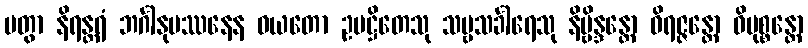
ပတွာ နိရန္တရံ ဘင်္ဂါနုပဿနေန ဝယတော ဥပဋ္ဌိတေသု သဗ္ဗသင်္ခါရေသု နိဗ္ဗိန္ဒန္တော ဝိရဇ္ဇန္တော ဝိမုစ္စန္တော